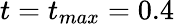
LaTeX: t=t_{max}=0.4